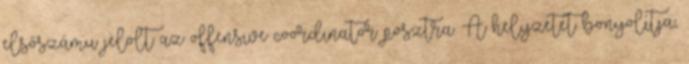
elsőszámu jelölt az offensive coordinator posztra. A helyzetet bonyolítja,